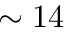
\sim 1 4